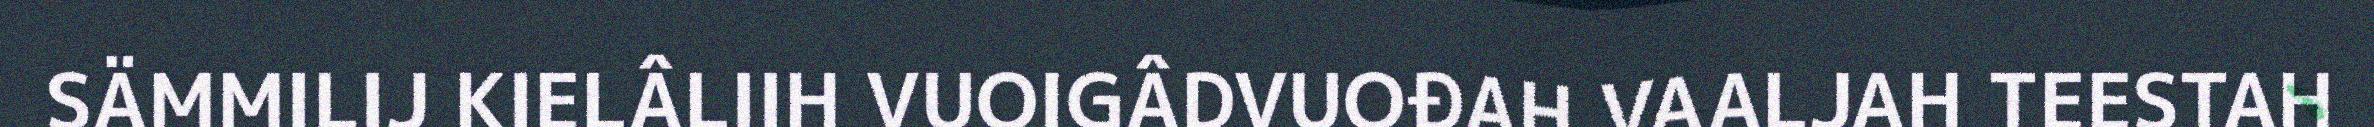
SÄMMILIJ KIELÂLIIH VUOIGÂDVUOĐAH VAALJAH TEESTAH